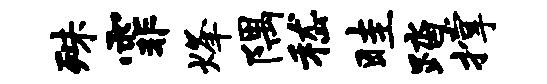
殊霏烽隅嵇畦踏撑